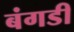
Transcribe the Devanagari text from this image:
बंगडी